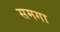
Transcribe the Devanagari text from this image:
समगा